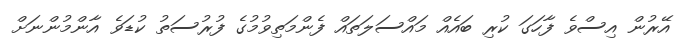
އޭރުން އިސްވެ ފާހަގަ ކުރި ބައެއް މައްސަލަތައް ފެންމަތިވުމުގެ ފުރުސަތު ކުޑަވެ އާންމުންނަށް